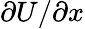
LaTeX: \partial U/\partial x